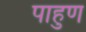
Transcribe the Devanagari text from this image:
पाहुण